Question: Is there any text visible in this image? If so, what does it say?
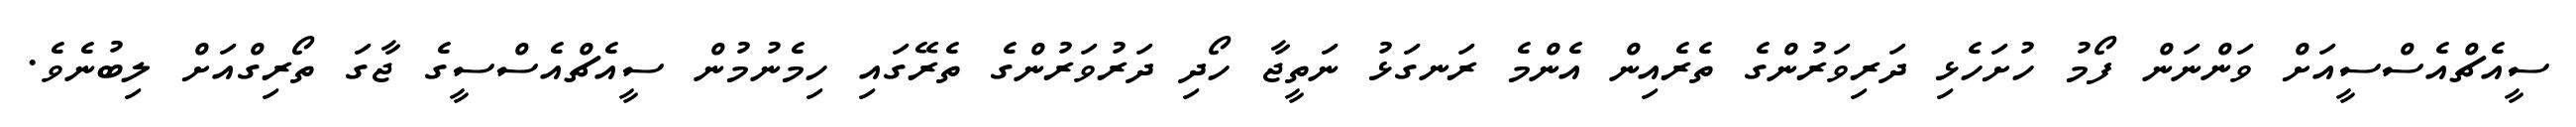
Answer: ސީއެޗްއެސްސީއަށް ވަންނަން ފޯމު ހުށަހެޅި ދަރިވަރުންގެ ތެރެއިން އެންމެ ރަނގަޅު ނަތީޖާ ހޯދި ދަރުވަރުންގެ ތެރޭގައި ހިމެނުމުން ސީއެޗްއެސްސީގެ ޖާގަ ތޯރިގްއަށް ލިބުނެވެ.